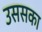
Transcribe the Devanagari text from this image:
उससका